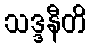
သဒ္ဒနီတိ